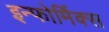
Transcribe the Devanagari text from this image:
इन्फोर्मिक्स